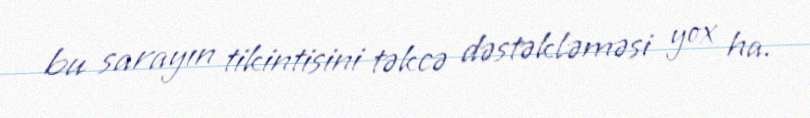
bu sarayın tikintisini təkcə dəstəkləməsi yox ha.